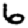
Digit: 6